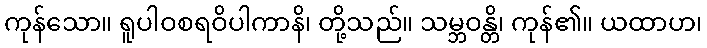
ကုန်သော။ ရူပါဝစရဝိပါကာနိ၊ တို့သည်။ သမ္ဘဝန္တိ၊ ကုန်၏။ ယထာဟ၊